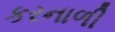
કરનાળી